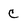
Character: C